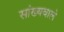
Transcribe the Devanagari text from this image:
सांख्यवाले